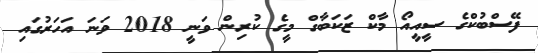
ފޭސްބުކްގެ ސީއީއޯ މާކް ޒަކަބާގް މީގެ ކުރިން ވަނީ 2018 ވަނަ އަހަރުގައި